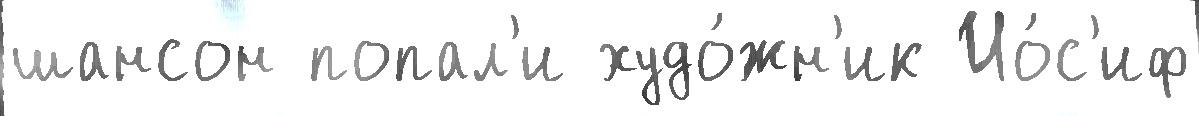
шансон попал'и худо́жн'ик Ио́с'иф